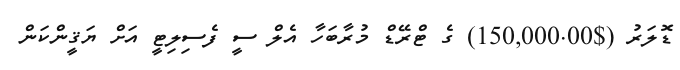
ޑޮލަރު ($150